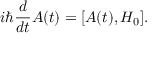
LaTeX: i \hbar { \frac { d } { d t } } A ( t ) = [ A ( t ) , H _ { 0 } ] .